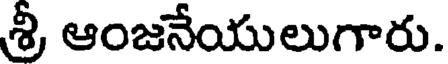
శ్రీ ఆంజనేయులుగారు.